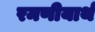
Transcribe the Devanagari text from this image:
रमणीयार्थ